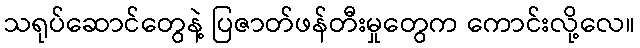
သရုပ်ဆောင်တွေနဲ့ ပြဇာတ်ဖန်တီးမှုတွေက ကောင်းလို့လေ။